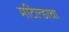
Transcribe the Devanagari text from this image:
मटिल्डाचा